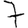
Digit: 7